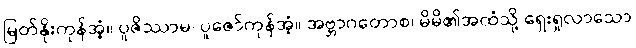
မြတ်နိုးကုန်အံ့။ ပူဇိဿာမ၊ ပူဇော်ကုန်အံ့။ အဗ္ဘာဂတောစ၊ မိမိ၏အထံသို့ ရှေးရှုလာသော